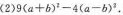
(2)$$9(a+b)^{2}-4(a-b)^{2}$$。